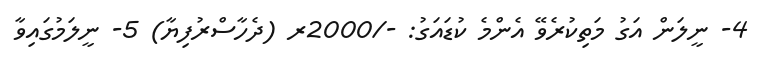
4- ނީލަން އަގު މަތިކުރެވޭ އެންމެ ކުޑައަގު: -/2000ރ (ދެހާސްރުފިޔާ) 5- ނީލަމުގައިވާ